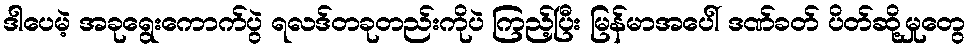
ဒါပေမဲ့ အခုရွေးကောက်ပွဲ ရလဒ်တခုတည်းကိုပဲ ကြည့်ပြီး မြန်မာအပေါ် ဒဏ်ခတ် ပိတ်ဆို့မှုတွေ